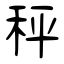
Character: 秤